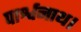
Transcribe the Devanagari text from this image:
पार्श्वनाथ।